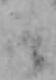
そ